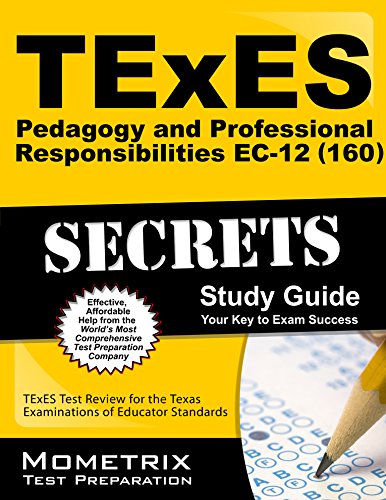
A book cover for TExES Pedagogy and Professional Responsibilities EC-12 (160) Secrets Study Guide: TExES Test Review for the Texas Examinations of Educator Standards; TExES Exam Secrets Test Prep Team; Test Preparation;